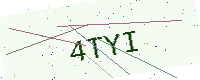
Text: 4TYI